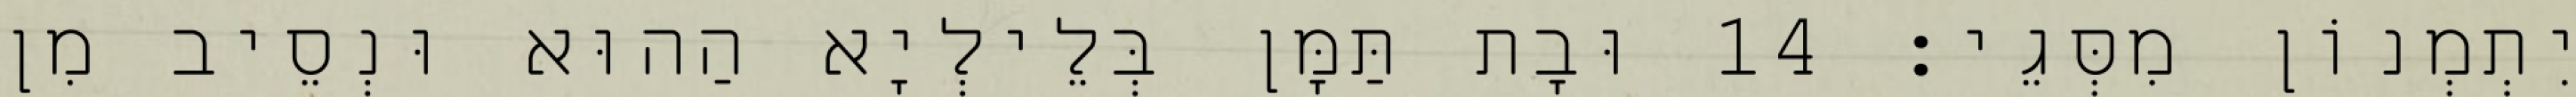
יִתְמְנוֹן מִסְּגֵי׃ 14 וּבָת תַּמָּן בְּלֵילְיָא הַהוּא וּנְסֵיב מִן